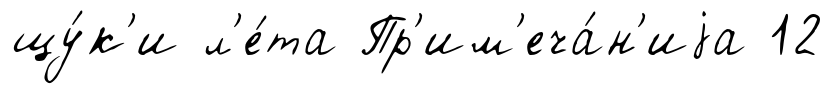
щу́к'и л'е́та Пр'им'еча́н'иjа 12